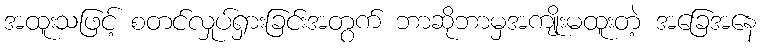
အထူးသဖြင့် စတင်လှုပ်ရှားခြင်းအတွက် ဘာဆိုဘာမှအကျိုးမထူးတဲ့ အခြေအနေ